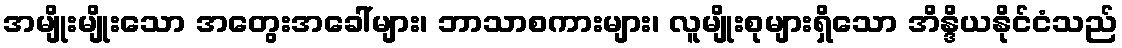
အမျိုးမျိုးသော အတွေးအခေါ်များ၊ ဘာသာစကားများ၊ လူမျိုးစုများရှိသော အိန္ဒိယနိုင်ငံသည်